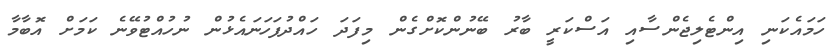
ހަމައެކަނި އިންޓެލިޖެންސާއި އަސްކަރީ ބާރު ބޭނުންކޮށްގެން މިފަދަ ހައްދުފަހަނައެޅުން ނުހުއްޓުވޭނެ ކަމަށް އޮބާމާ